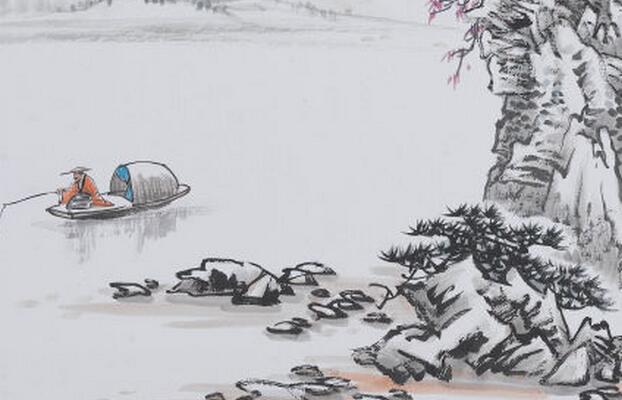
辛勤三十日，母瘦雏渐肥。